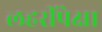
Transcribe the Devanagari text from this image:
लहरींपेक्षा